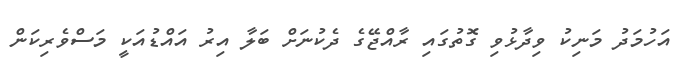
އަހުމަދު މަނިކު ވިދާޅުވި ގޮތުގައި ރާއްޖޭގެ ދެކުނަށް ބަލާ އިރު އައްޑުއަކީ މަސްވެރިކަން